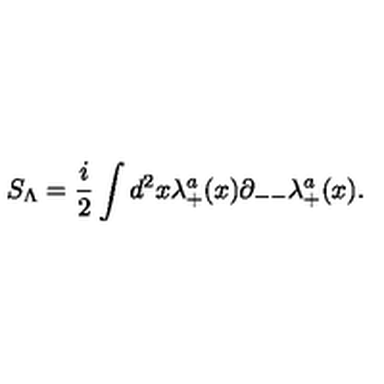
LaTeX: S _ { \Lambda } = { \frac { i } { 2 } } \int d ^ { 2 } x \lambda _ { + } ^ { a } ( x ) \partial _ { -- } \lambda _ { + } ^ { a } ( x ) .